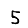
Digit: 5